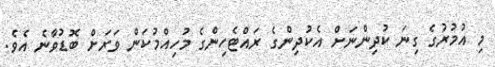
މި އުމުރުގެ ގިނަ ކުދިންނަށް އެކުދިންގެ ރައްޓެހިންގެ މުހިއްމުކަން ވަރަށް ބޮޑުވާނެ އެވެ.